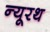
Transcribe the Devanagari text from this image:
न्यूरथ